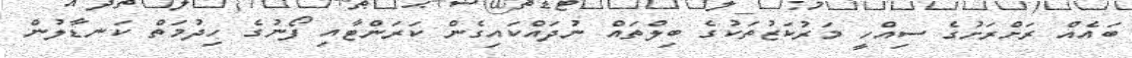
ބައެއް ރަށްރަށުގެ ސިއްހީ މަރުކަޒުތަކުގެ ބިލްތައް ނުދައްކައިގެން ކަރަންޓާއި ފޯނުގެ ހިދުމަތް ކަނޑާލުން